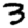
Digit: 3